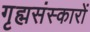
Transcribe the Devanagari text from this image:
गृह्मसंस्कारों